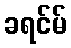
ခရင်မ်